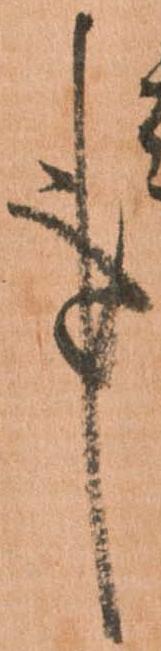
事